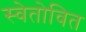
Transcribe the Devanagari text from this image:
स्वेतोवित